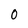
Character: 0